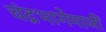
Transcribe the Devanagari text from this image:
चंद्रभागेमाजीं